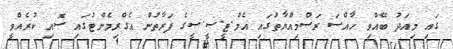
ގައި މިއަދު ބޭއްވި ހާއްސަ ރަސްމިއްޔާތުގައި އެމް.ޓީ.ސީ.ސީގެ ފަރާތުން އެގްރިމެންޓުގައި ސޮއި ކުރެއްވީ